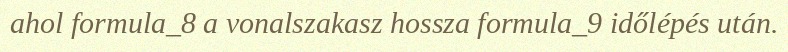
ahol formula_8 a vonalszakasz hossza formula_9 időlépés után.